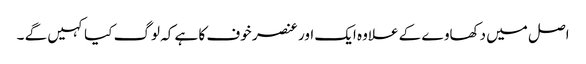
اصل میں دکھاوے کے علاوہ ایک اور عنصر خوف کا ہے کہ لوگ کیا کہیں گے ۔